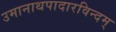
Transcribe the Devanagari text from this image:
उमानाथपादारविन्दम्